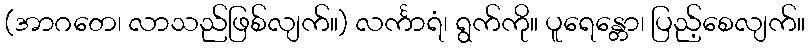
(အာဂတေ၊ လာသည်ဖြစ်လျက်။) လင်္ကာရံ၊ ရွက်ကို။ ပူရေန္တော၊ ပြည့်စေလျက်။